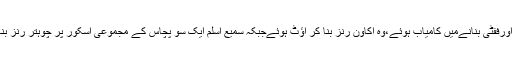
یونس خان ایک اورففٹی بنانےمیں کامیاب ہوئے،وہ اکاون رنز بنا کر آؤٹ ہوئےجبکہ سمیع اسلم ایک سو پچاس کے مجموعی اسکور پر چوہتر رنز بنا کر آؤٹ ہوئے۔